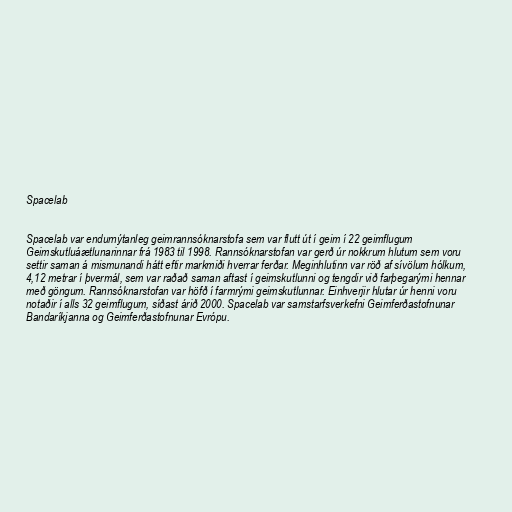
Spacelab

Spacelab var endurnýtanleg geimrannsóknarstofa sem var flutt út í geim í 22 geimflugum
Geimskutluáætlunarinnar frá 1983 til 1998. Rannsóknarstofan var gerð úr nokkrum hlutum sem voru
settir saman á mismunandi hátt eftir markmiði hverrar ferðar. Meginhlutinn var röð af sívölum hólkum,
4,12 metrar í þvermál, sem var raðað saman aftast í geimskutlunni og tengdir við farþegarými hennar
með göngum. Rannsóknarstofan var höfð í farmrými geimskutlunnar. Einhverjir hlutar úr henni voru
notaðir í alls 32 geimflugum, síðast árið 2000. Spacelab var samstarfsverkefni Geimferðastofnunar
Bandaríkjanna og Geimferðastofnunar Evrópu.